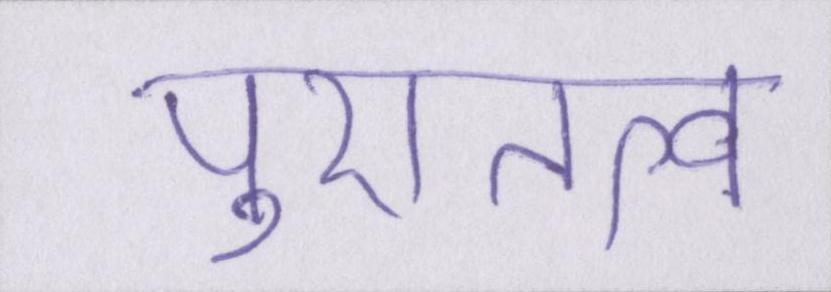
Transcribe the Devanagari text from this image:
पुरातत्व